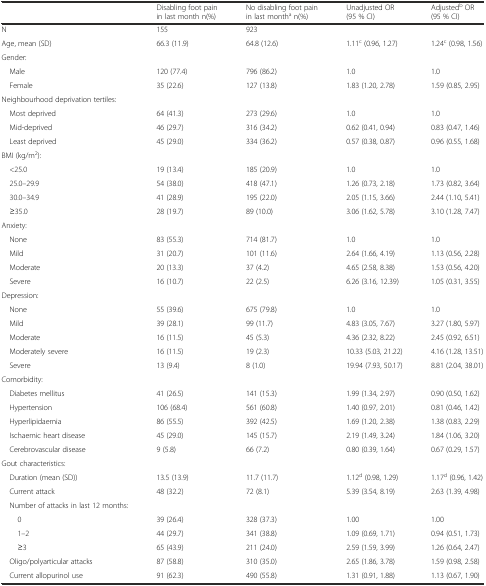
<table><thead><tr><td>[EMPTY_CELL]</td><td><b>Disabling foot pain in last month n(%)</b></td><td><b>No disabling foot pain in last month<sup>a</sup> n(%)</b></td><td><b>Unadjusted OR (95 % CI)</b></td><td><b>Adjusted<sup>b</sup> OR (95 % CI)</b></td></tr></thead><tbody><tr><td>N</td><td>155</td><td>923</td><td>[EMPTY_CELL]</td><td>[EMPTY_CELL]</td></tr><tr><td>Age, mean (SD)</td><td>66.3 (11.9)</td><td>64.8 (12.6)</td><td>1.11<sup>c</sup> (0.96, 1.27)</td><td>1.24<sup>c</sup> (0.98, 1.56)</td></tr><tr><td>Gender:</td><td>[EMPTY_CELL]</td><td>[EMPTY_CELL]</td><td>[EMPTY_CELL]</td><td>[EMPTY_CELL]</td></tr><tr><td> Male</td><td>120 (77.4)</td><td>796 (86.2)</td><td>1.0</td><td>1.0</td></tr><tr><td> Female</td><td>35 (22.6)</td><td>127 (13.8)</td><td>1.83 (1.20, 2.78)</td><td>1.59 (0.85, 2.95)</td></tr><tr><td>Neighbourhood deprivation tertiles:</td><td>[EMPTY_CELL]</td><td>[EMPTY_CELL]</td><td>[EMPTY_CELL]</td><td>[EMPTY_CELL]</td></tr><tr><td> Most deprived</td><td>64 (41.3)</td><td>273 (29.6)</td><td>1.0</td><td>1.0</td></tr><tr><td> Mid-deprived</td><td>46 (29.7)</td><td>316 (34.2)</td><td>0.62 (0.41, 0.94)</td><td>0.83 (0.47, 1.46)</td></tr><tr><td> Least deprived</td><td>45 (29.0)</td><td>334 (36.2)</td><td>0.57 (0.38, 0.87)</td><td>0.96 (0.55, 1.68)</td></tr><tr><td>BMI (kg/m<sup>2</sup>):</td><td>[EMPTY_CELL]</td><td>[EMPTY_CELL]</td><td>[EMPTY_CELL]</td><td>[EMPTY_CELL]</td></tr><tr><td> &lt;25.0</td><td>19 (13.4)</td><td>185 (20.9)</td><td>1.0</td><td>1.0</td></tr><tr><td> 25.0–29.9</td><td>54 (38.0)</td><td>418 (47.1)</td><td>1.26 (0.73, 2.18)</td><td>1.73 (0.82, 3.64)</td></tr><tr><td> 30.0–34.9</td><td>41 (28.9)</td><td>195 (22.0)</td><td>2.05 (1.15, 3.66)</td><td>2.44 (1.10, 5.41)</td></tr><tr><td> ≥35.0</td><td>28 (19.7)</td><td>89 (10.0)</td><td>3.06 (1.62, 5.78)</td><td>3.10 (1.28, 7.47)</td></tr><tr><td>Anxiety:</td><td>[EMPTY_CELL]</td><td>[EMPTY_CELL]</td><td>[EMPTY_CELL]</td><td>[EMPTY_CELL]</td></tr><tr><td> None</td><td>83 (55.3)</td><td>714 (81.7)</td><td>1.0</td><td>1.0</td></tr><tr><td> Mild</td><td>31 (20.7)</td><td>101 (11.6)</td><td>2.64 (1.66, 4.19)</td><td>1.13 (0.56, 2.28)</td></tr><tr><td> Moderate</td><td>20 (13.3)</td><td>37 (4.2)</td><td>4.65 (2.58, 8.38)</td><td>1.53 (0.56, 4.20)</td></tr><tr><td> Severe</td><td>16 (10.7)</td><td>22 (2.5)</td><td>6.26 (3.16, 12.39)</td><td>1.05 (0.31, 3.55)</td></tr><tr><td>Depression:</td><td>[EMPTY_CELL]</td><td>[EMPTY_CELL]</td><td>[EMPTY_CELL]</td><td>[EMPTY_CELL]</td></tr><tr><td> None</td><td>55 (39.6)</td><td>675 (79.8)</td><td>1.0</td><td>1.0</td></tr><tr><td> Mild</td><td>39 (28.1)</td><td>99 (11.7)</td><td>4.83 (3.05, 7.67)</td><td>3.27 (1.80, 5.97)</td></tr><tr><td> Moderate</td><td>16 (11.5)</td><td>45 (5.3)</td><td>4.36 (2.32, 8.22)</td><td>2.45 (0.92, 6.51)</td></tr><tr><td> Moderately severe</td><td>16 (11.5)</td><td>19 (2.3)</td><td>10.33 (5.03, 21.22)</td><td>4.16 (1.28, 13.51)</td></tr><tr><td> Severe</td><td>13 (9.4)</td><td>8 (1.0)</td><td>19.94 (7.93, 50.17)</td><td>8.81 (2.04, 38.01)</td></tr><tr><td>Comorbidity:</td><td>[EMPTY_CELL]</td><td>[EMPTY_CELL]</td><td>[EMPTY_CELL]</td><td>[EMPTY_CELL]</td></tr><tr><td> Diabetes mellitus</td><td>41 (26.5)</td><td>141 (15.3)</td><td>1.99 (1.34, 2.97)</td><td>0.90 (0.50, 1.62)</td></tr><tr><td> Hypertension</td><td>106 (68.4)</td><td>561 (60.8)</td><td>1.40 (0.97, 2.01)</td><td>0.81 (0.46, 1.42)</td></tr><tr><td> Hyperlipidaemia</td><td>86 (55.5)</td><td>392 (42.5)</td><td>1.69 (1.20, 2.38)</td><td>1.38 (0.83, 2.29)</td></tr><tr><td> Ischaemic heart disease</td><td>45 (29.0)</td><td>145 (15.7)</td><td>2.19 (1.49, 3.24)</td><td>1.84 (1.06, 3.20)</td></tr><tr><td> Cerebrovascular disease</td><td>9 (5.8)</td><td>66 (7.2)</td><td>0.80 (0.39, 1.64)</td><td>0.67 (0.29, 1.57)</td></tr><tr><td>Gout characteristics:</td><td>[EMPTY_CELL]</td><td>[EMPTY_CELL]</td><td>[EMPTY_CELL]</td><td>[EMPTY_CELL]</td></tr><tr><td> Duration (mean (SD))</td><td>13.5 (13.9)</td><td>11.7 (11.7)</td><td>1.12<sup>d</sup> (0.98, 1.29)</td><td>1.17<sup>d</sup> (0.96, 1.42)</td></tr><tr><td> Current attack</td><td>48 (32.2)</td><td>72 (8.1)</td><td>5.39 (3.54, 8.19)</td><td>2.63 (1.39, 4.98)</td></tr><tr><td> Number of attacks in last 12 months:</td><td>[EMPTY_CELL]</td><td>[EMPTY_CELL]</td><td>[EMPTY_CELL]</td><td>[EMPTY_CELL]</td></tr><tr><td>0</td><td>39 (26.4)</td><td>328 (37.3)</td><td>1.00</td><td>1.00</td></tr><tr><td>1–2</td><td>44 (29.7)</td><td>341 (38.8)</td><td>1.09 (0.69, 1.71)</td><td>0.94 (0.51, 1.73)</td></tr><tr><td>≥3</td><td>65 (43.9)</td><td>211 (24.0)</td><td>2.59 (1.59, 3.99)</td><td>1.26 (0.64, 2.47)</td></tr><tr><td> Oligo/polyarticular attacks</td><td>87 (58.8)</td><td>310 (35.0)</td><td>2.65 (1.86, 3.78)</td><td>1.59 (0.98, 2.58)</td></tr><tr><td> Current allopurinol use</td><td>91 (62.3)</td><td>490 (55.8)</td><td>1.31 (0.91, 1.88)</td><td>1.13 (0.67, 1.90)</td></tr></tbody></table>